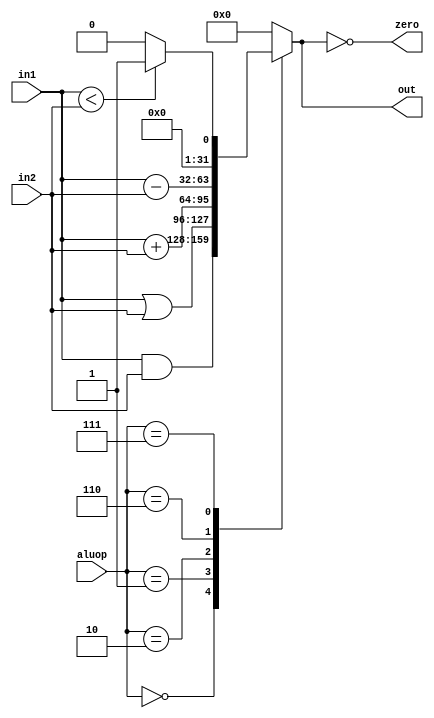
module alu(input wire [31:0] in1, input wire [31:0] in2, input wire [2:0] aluop, output reg [31:0] out, output wire zero);

  assign zero = (out == 0);

  always @(*) begin
    case(aluop)
      3'b000: out <= in1 & in2;
      3'b001: out <= in1 | in2;
      3'b010: out <= in1 + in2;
      3'b110: out <= in1 - in2;
      3'b111: out <= in1 < in2 ? 1:0;
      default: out <= 0;
    endcase
  end

endmodule